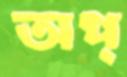
অপ্